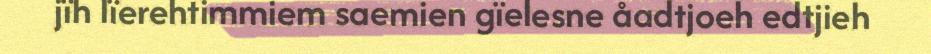
jïh lïerehtimmiem saemien gïelesne åadtjoeh edtjieh